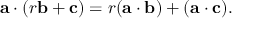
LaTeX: \mathbf { a } \cdot ( r \mathbf { b } + \mathbf { c } ) = r ( \mathbf { a } \cdot \mathbf { b } ) + ( \mathbf { a } \cdot \mathbf { c } ) .